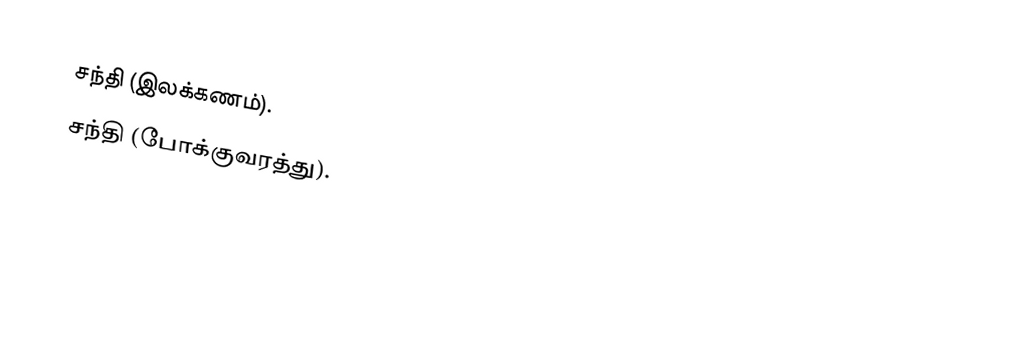
சந்தி (இலக்கணம்).
 சந்தி (போக்குவரத்து).